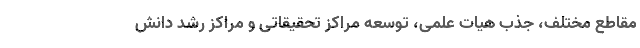
مقاطع مختلف، جذب هیات علمی، توسعه مراکز تحقیقاتی و مراکز رشد دانش